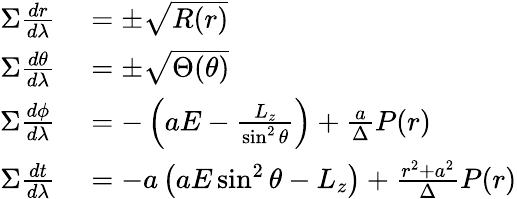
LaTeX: \begin{array}{rl}{\Sigma{\frac{dr}{d\lambda}}}&{{}=\pm{\sqrt{R(r)}}}\\ {\Sigma{\frac{d\theta}{d\lambda}}}&{{}=\pm{\sqrt{\Theta(\theta)}}}\\ {\Sigma{\frac{d\phi}{d\lambda}}}&{{}=-\left(aE-{\frac{L_{z}}{\sin^{2}\theta}}\right)+{\frac{a}{\Delta}}P(r)}\\ {\Sigma{\frac{dt}{d\lambda}}}&{{}=-a\left(aE\sin^{2}\theta-L_{z}\right)+{\frac{r^{2}+a^{2}}{\Delta}}P(r)}\end{array}